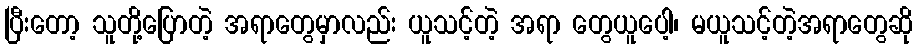
ပြီးတော့ သူတို့ပြောတဲ့ အရာတွေမှာလည်း ယူသင့်တဲ့ အရာ တွေယူပေါ့၊ မယူသင့်တဲ့အရာတွေဆို